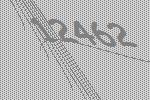
12462